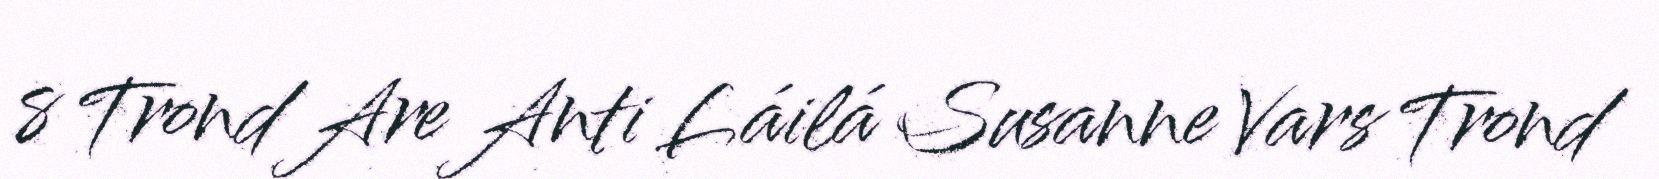
8 Trond Are Anti Láilá Susanne Vars Trond